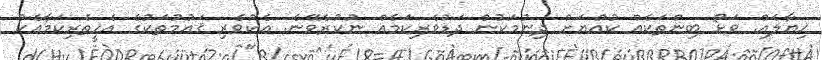
ޚިޔާލެއް. ވަޅޯ ބިންތަކެއް ކުއްޔަށް ދިނުމަކުން ދަޑުވެރިކަމެއް ނުކުރެވޭނެ. އެކުވެރި ޤައުމުތަކުގެ އެހީތެރިކަމާއެކު